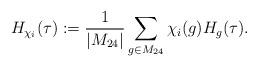
LaTeX: \begin{align*}H_{\chi_i}(\tau):=\frac{1}{|M_{24}|}\sum\limits_{g\in M_{24}}\chi_i(g)H_g(\tau).\end{align*}